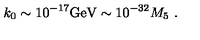
k _ { 0 } \sim 1 0 ^ { - 1 7 } \mathrm { G e V } \sim 1 0 ^ { - 3 2 } M _ { 5 } \ .